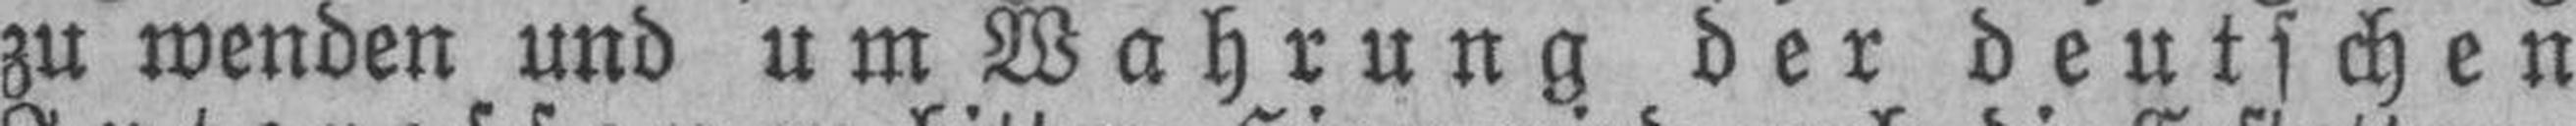
zu wenden und um Wahrung der deutschen